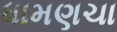
ધામણચા